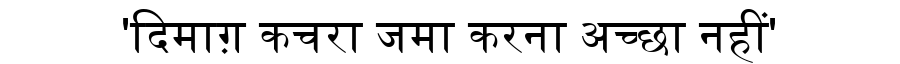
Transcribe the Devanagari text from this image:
'दिमाग़ कचरा जमा करना अच्छा नहीं'